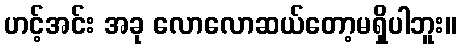
ဟင့်အင်း အခု လောလောဆယ်တော့မရှိပါဘူး။